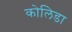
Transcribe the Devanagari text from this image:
कोलिडा